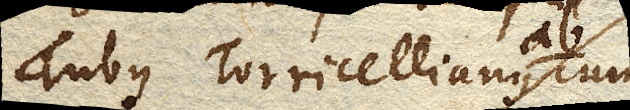
Tubus Torricellianus AB. cum